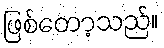
ဖြစ်တော့သည်။